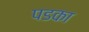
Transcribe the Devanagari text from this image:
पडका